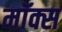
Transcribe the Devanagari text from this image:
मॉक्स